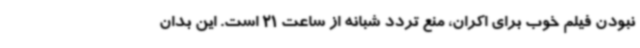
نبودن فیلم خوب برای اکران، منع تردد شبانه از ساعت 21 است. این بدان